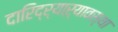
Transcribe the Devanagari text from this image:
दारिद्र्याऱ्यावस्था